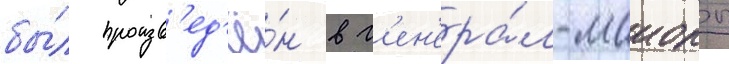
бы́л произв'ед'ё́н в г'ен'ера́л-маиоры